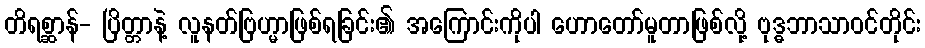
တိရစ္ဆာန်- ပြိတ္တာနဲ့ လူနတ်ဗြဟ္မာဖြစ်ရခြင်း၏ အကြောင်းကိုပါ ဟောတော်မူတာဖြစ်လို့ ဗုဒ္ဓဘာသာဝင်တိုင်း